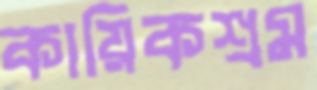
কায়িকশ্রম